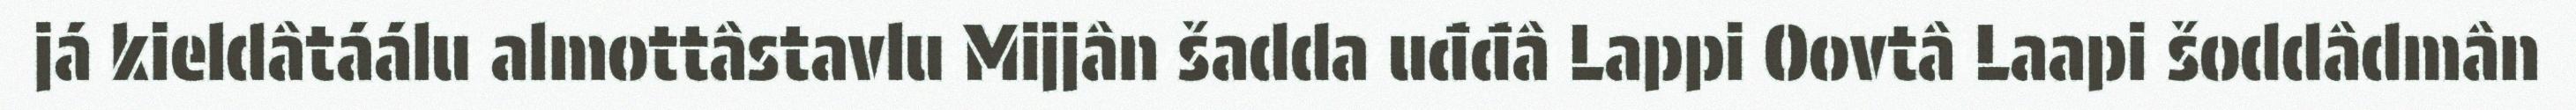
já kieldâtáálu almottâstavlu Mijjân šadda uđđâ Lappi Oovtâ Laapi šoddâdmân